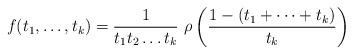
LaTeX: \begin{align*} f(t_1,\dots,t_k) = \frac{1}{t_1 t_2 \dots t_k} \ \rho \left( \frac{1-(t_1+\dots+t_k)}{t_k} \right) \end{align*}